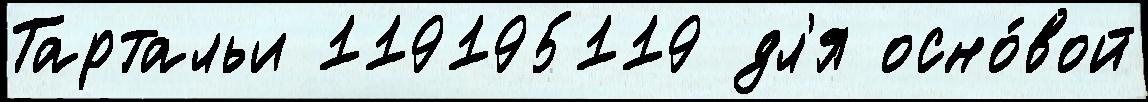
Тартальи 119195119 дл'я осно́вой